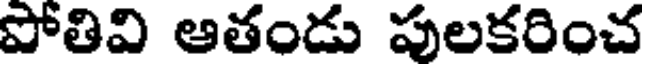
పోతివి ఆతండు పులకరించ